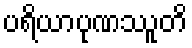
ပရိယာပုဏဿူတိ